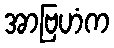
အာဗြဟံက